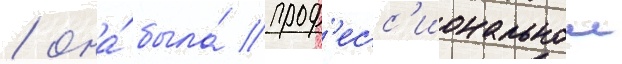
/ она́ была́ проф'есс'иональнои